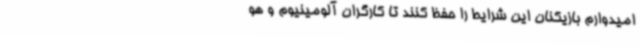
امیدوارم بازیکنان این شرایط را حفظ کنند تا کارگران آلومینیوم و هو